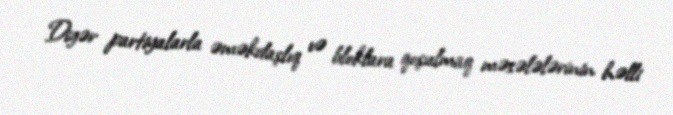
Digər partiyalarla əməkdaşlıq və bloklara qoşulmaq məsələlərinin həlli